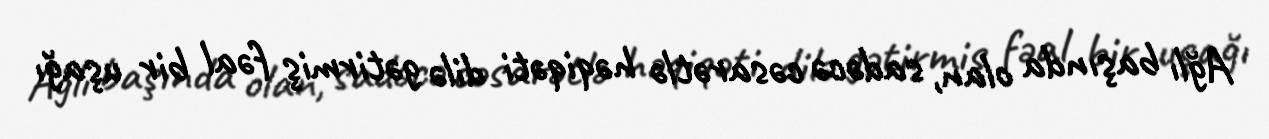
Ağlı başında olan, sadəcə cəsarətlə həqiqəti dilə gətirmiş fəal bir uşağı